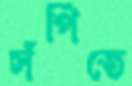
সঁপিতে